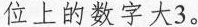
位上的数字大3。